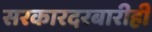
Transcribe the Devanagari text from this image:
सरकारदरबारीही